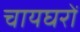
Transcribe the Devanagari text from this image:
चायघरों